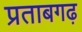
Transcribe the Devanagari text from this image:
प्रताबगढ़